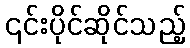
၎င်းပိုင်ဆိုင်သည့်